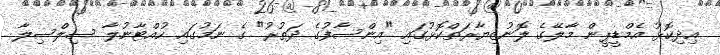
އިދިކޮޅު އެމްޑީޕީން މާލޭގެ ލޮނުޒިޔާރަތްކޮޅުގައި "އިންސާފުގެ ދަތުރު" ގެ ނަމުގައި ހުއްޓާނުލާ ސިލްސިލާ